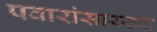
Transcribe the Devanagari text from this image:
पवारांसारख्या